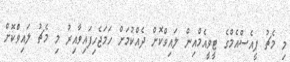
މި މެޗު ޕީއެސްއެމްގެ ޓީވީއެެމްއިން ލައިވްކޮށް ދެއްކުމަށް ހަމަޖެހިފައިވާއިރު މި މެޗު ލައިވްކޮށް